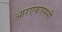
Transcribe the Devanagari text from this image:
आरएफएससी